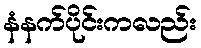
နံနက်ပိုင်းကလည်း